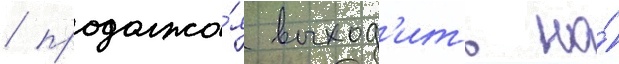
/ продолжа́я выход'ить на́